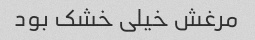
مرغش خیلی خشک بود